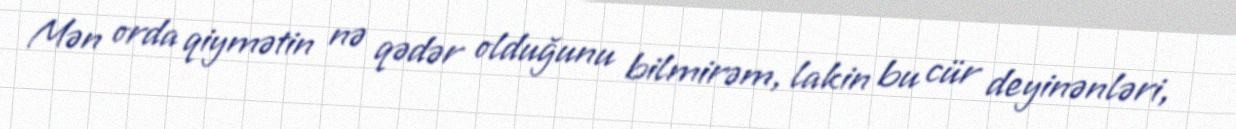
Mən orda qiymətin nə qədər olduğunu bilmirəm, lakin bu cür deyinənləri,